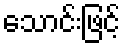
သောင်းဖြင့်